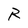
Character: R